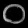
Digit: ၀